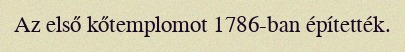
Az első kőtemplomot 1786-ban építették.